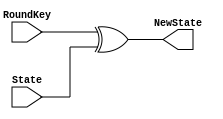
module AddRoundKey(State, RoundKey, NewState);

input  [127:0] State;
input  [0:127] RoundKey;
output [127:0] NewState;


assign NewState = RoundKey ^ State;
 
endmodule